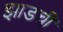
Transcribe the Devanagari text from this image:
झाडची